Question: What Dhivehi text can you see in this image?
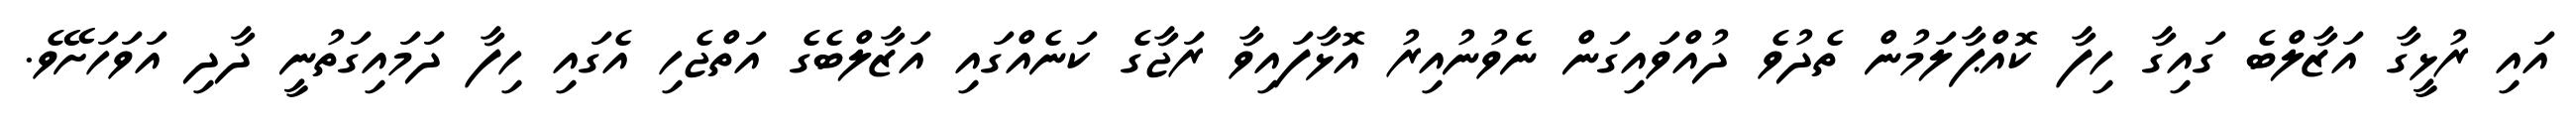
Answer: އައި ރުޅީގާ އަޒާލްބެ ގައިގާ ހިފާ ކޮއްޕާލަމުން ތެދުވެ ދުއްވައިގަން ނެވުނުއިރު އޮޅާފައިވާ ރަޖާގެ ކަނެއްގައި އަޒާލްބެގެ އަތްޖެހި އެގައި ހިފާ ދަމައިގަތުނީ ދާދި އަވަހަށޭވެ.